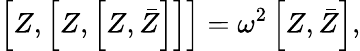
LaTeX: \left[Z,\left[Z,\left[Z,\bar{Z}\right]\right]\right]=\omega^{2}\left[Z,\bar{Z}\right],